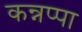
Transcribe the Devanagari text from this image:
कन्नप्पा